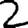
Digit: 2